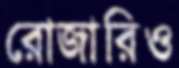
রোজারিও